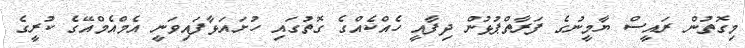
މިގޮތުން ރައީސް ޔާމީނުގެ ފަރާތްޕުޅުން ދިފާއީ ހެއްކެއްގެ ގޮތުގައި ހުށައަޅާފައިވަނީ އެމްއެމްއޭގެ ކުރީގެ